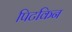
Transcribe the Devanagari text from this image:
पिटकिन